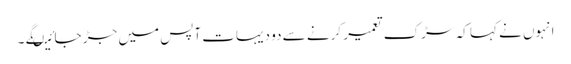
انہوں نے کہا کہ سڑک تعمیر کرنے سے دو دیہات آپس میں جڑ جائیںگے ۔